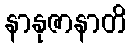
နာနုဇာနာတိ